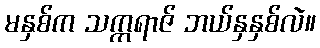
မနှစ်က သက္ကရာဇ် ဘယ်နှနှစ်လဲ။